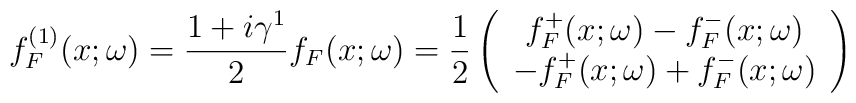
f_F^{(1)}(x;\omega)=\frac{1+i\gamma^1}{2}f_F(x;\omega)=\frac{1}{2}\left(\begin{array}{c}f_F^+(x;\omega)-f_F^-(x;\omega)\\-f_F^+(x;\omega)+f_F^-(x;\omega)\end{array}\right)